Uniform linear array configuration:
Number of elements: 48
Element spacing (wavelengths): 0.5
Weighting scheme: binomial
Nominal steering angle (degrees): -30
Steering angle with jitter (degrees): -30.58
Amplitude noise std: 0.05
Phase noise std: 0.05

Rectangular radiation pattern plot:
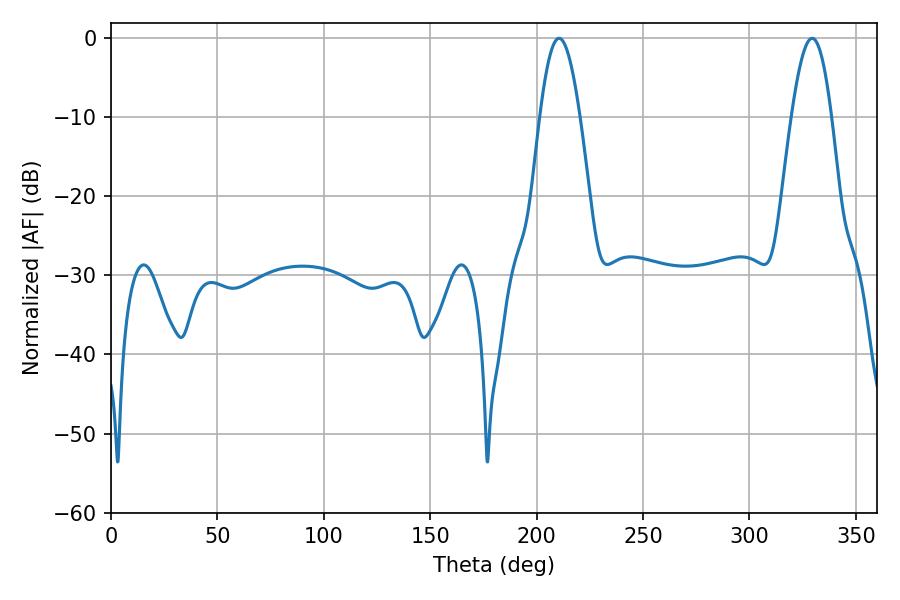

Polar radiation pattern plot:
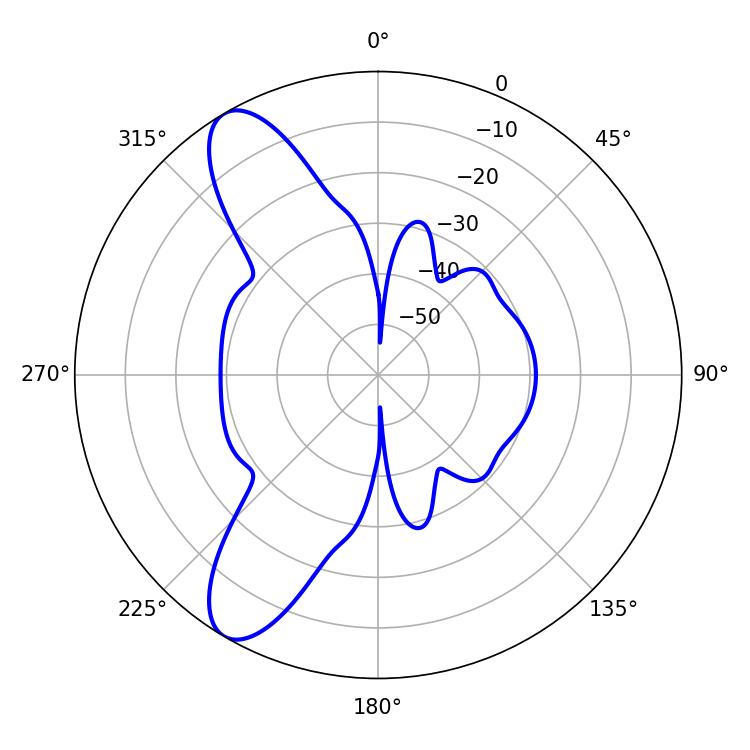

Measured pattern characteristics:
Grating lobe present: FALSE
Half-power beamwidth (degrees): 10.26
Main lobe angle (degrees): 210.6